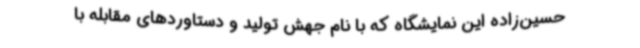
حسین‌زاده این نمایشگاه که با نام جهش تولید و دستاوردهای مقابله با